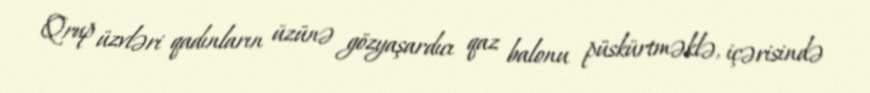
Qrup üzvləri qadınların üzünə gözyaşardıcı qaz balonu püskürtməklə, içərisində